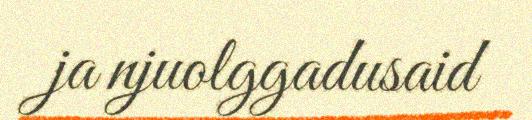
ja njuolggadusaid